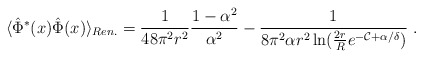
\begin{align*}\langle\hat{\Phi}^*(x)\hat{\Phi}(x)\rangle_{Ren.}=\frac1{48\pi^2r^2}\frac{1-\alpha^2}{\alpha^2}-\frac1{8\pi^2\alpha r^2\ln(\frac{2r}R e^{-{\mathcal{C}}+\alpha/\delta})} \ .\end{align*}